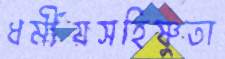
ধর্মীয়সহিষ্ণুতা